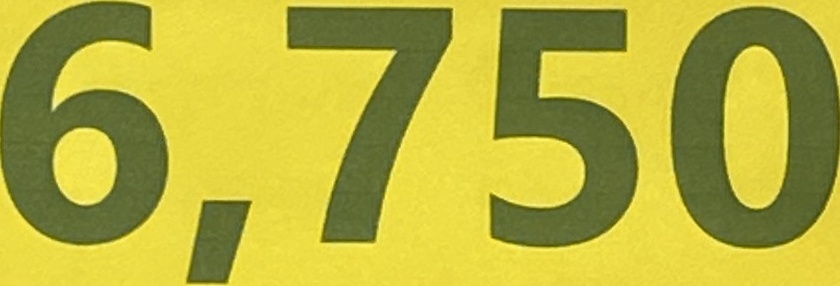
6.750